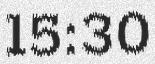
15:30